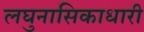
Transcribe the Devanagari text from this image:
लघुनासिकाधारी